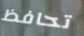
تحافظ